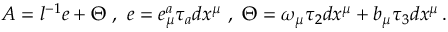
A = l ^ { - 1 } e + \Theta \ , \ e = e _ { \mu } ^ { a } \tau _ { a } d x ^ { \mu } \ , \ \Theta = \omega _ { \mu } \tau _ { 2 } d x ^ { \mu } + b _ { \mu } \tau _ { 3 } d x ^ { \mu } \, .